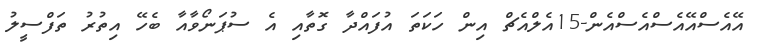
އޭއެސްއޭއެސްއެސްއެން-15އެލްއެޗް އިން ހަކަތަ އުފައްދާ ގޮތާއި އެ ސުޕަނޯވާއާ ބެހޭ އިތުރު ތަފްސީލު